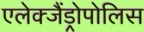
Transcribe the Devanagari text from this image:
एलेक्जैंड्रोपोलिस